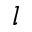
l